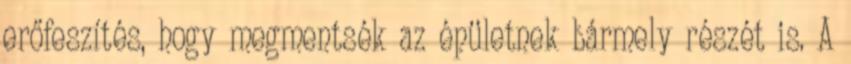
erőfeszítés, hogy megmentsék az épületnek bármely részét is. A